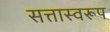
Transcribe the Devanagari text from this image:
सत्तास्वरूप